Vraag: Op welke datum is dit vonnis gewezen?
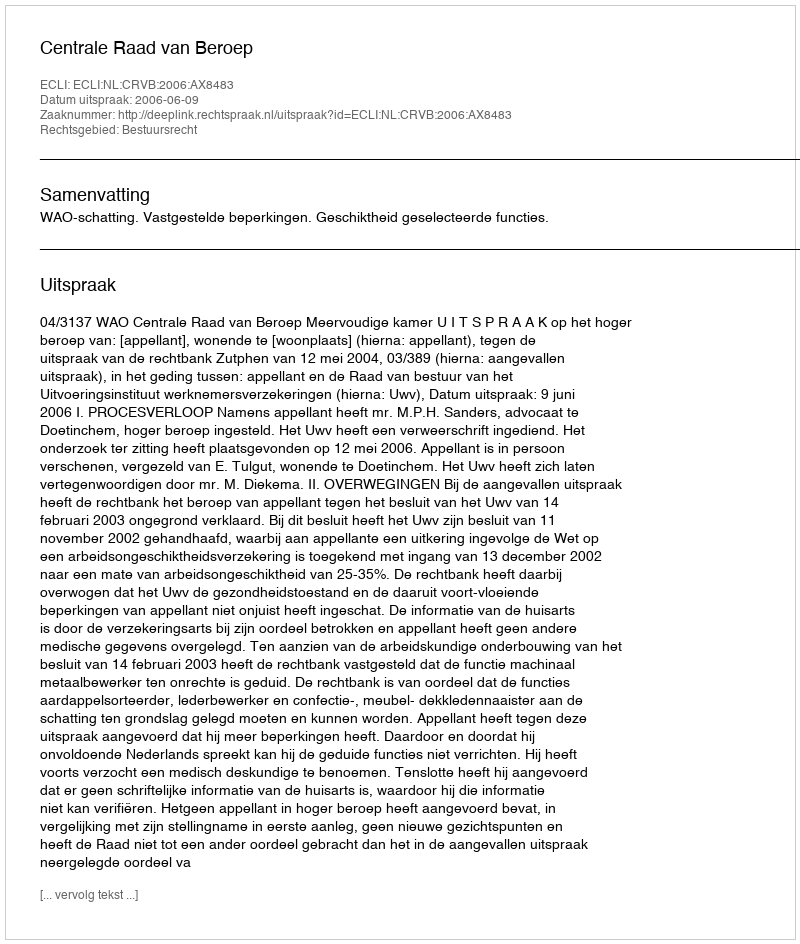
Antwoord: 2006-06-09